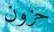
حزون